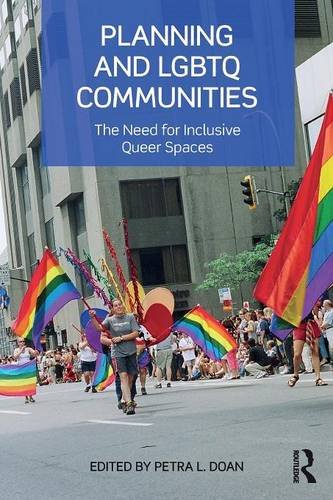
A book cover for Planning and LGBTQ Communities: The Need for Inclusive Queer Spaces; Gay & Lesbian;